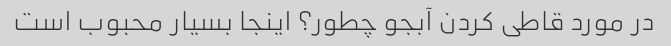
در مورد قاطی کردن آبجو چطور؟ اینجا بسیار محبوب است